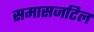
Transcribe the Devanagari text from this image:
समासजटिल